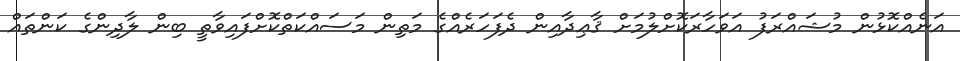
އަނެއްކޮޅުން މުޝައްރަފު އަވަހާރަކޮށްލުމަށް ޤާޢިދާއިން ދެފަހަރެއްގެ މަތިން މަސައްކަތްކޮށްފައިވާތީ ބިން ލާދިންގެ ކަންތައް